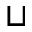
\sqcup